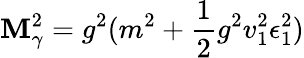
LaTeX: \mathbf{M}_{\gamma}^{2}=g^{2}(m^{2}+{\frac{{1}}{{2}}}g^{2}v_{1}^{2}\epsilon_{1}^{2})